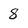
Character: 8